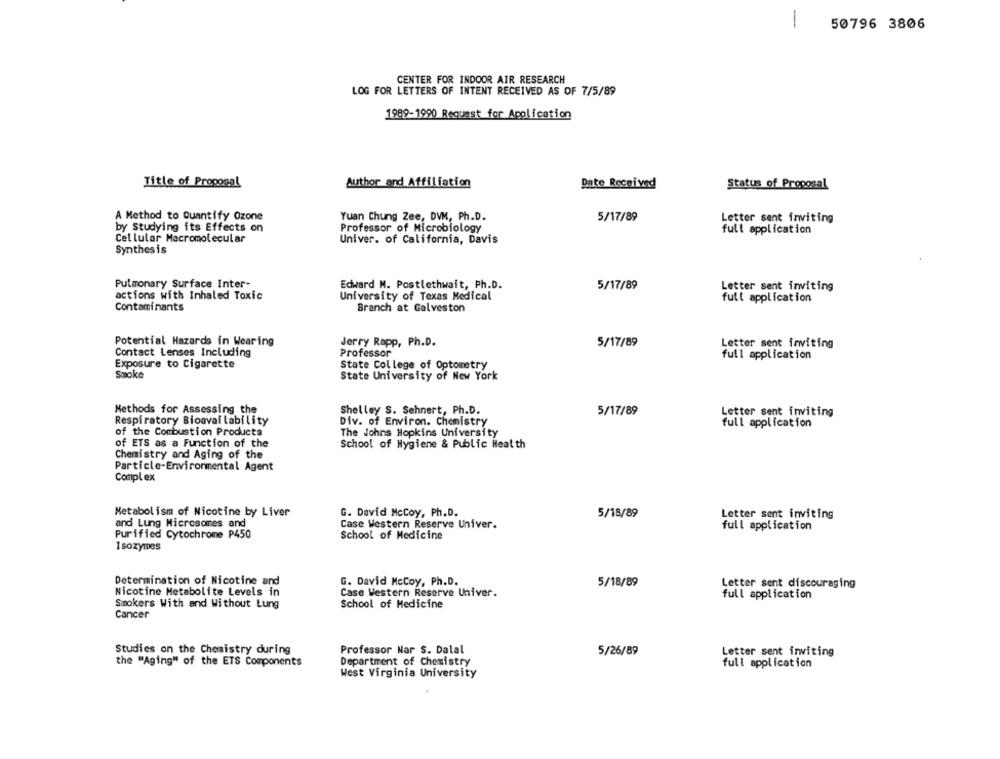
1
50796 3806
CENTER FOR INDOOR AIR RESEARCH
LOG FOR LETTERS OF INTENT RECEIVED AS OF 7/5/89
1989-1990 Request for Application
Title of Proposal
Author and Affiliation
Date Received
Status of Proposal
A Method to Quantify Ozone
Yuan Chung Zee, DVM, Ph.D.
5/17/89
Letter sent inviting
by Studying its Effects on
Professor of Microbiology
full application
Cellular Macromolecular
Univer. of California, Davis
Synthesis
Pulmonary Surface Inter-
Edward M. Postlethwait, Ph.D.
5/17/89
Letter sent inviting
actions with Inhaled Toxic
University of Texas Medical
full application
Contaminants
Branch at Galveston
Potential Hazards in Wearing
Jerry Rapp, Ph.D.
5/17/89
Letter sent inviting
Contact Lenses Including
Professor
full application
Exposure to Cigarette
State College of Optometry
Smoke
State University of New York
Methods for Assessing the
Shelley S. Sehnert, Ph.D.
5/17/89
Letter sent inviting
Respiratory Bioavailability
Div. of Environ. Chemistry
full application
of the Combustion Products
The Johns Hopkins University
of ETS as a Function of the
School of Hygiene & Public Health
Chemistry and Aging of the
Particle-Environmental Agent
Complex
Metabolism of Nicotine by Liver
G. David McCoy, Ph.D.
5/18/89
Letter sent inviting
and Lung Microsomes and
Case Western Reserve Univer.
full application
Purified Cytochrome P450
School of Medicine
I sozy es
Determination of Nicotine and
G. David McCoy, Ph.D.
5/18/89
Letter sent discouraging
Nicotine Metabolite Levels in
Case Western Reserve Univer.
full application
Smokers With and Without Lung
School of Medicine
Cancer
Studies on the Chemistry during
Professor Nar S. Dalal
5/26/89
Letter sent inviting
Department of Chemistry
the "Aging" of the ETS Components
full application
West Virginia University